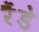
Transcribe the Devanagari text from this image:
रैंडे